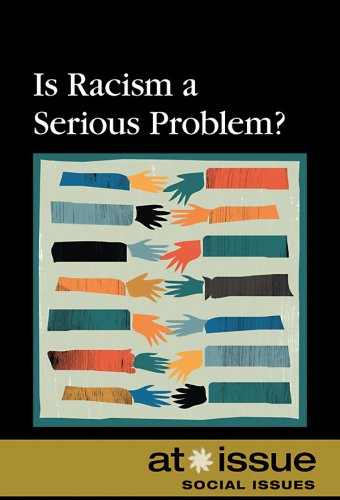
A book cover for Is Racism a Serious Problem? (At Issue); Aarti D. Stephens; Teen & Young Adult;